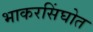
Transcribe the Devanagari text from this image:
भाकरसिंघोत